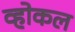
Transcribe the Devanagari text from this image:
व्होकल